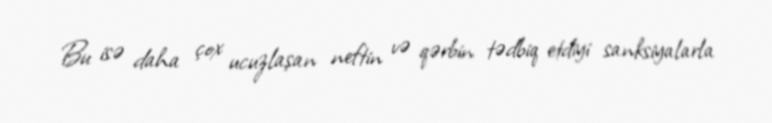
Bu isə daha çox ucuzlaşan neftin və qərbin tədbiq etdiyi sanksiyalarla